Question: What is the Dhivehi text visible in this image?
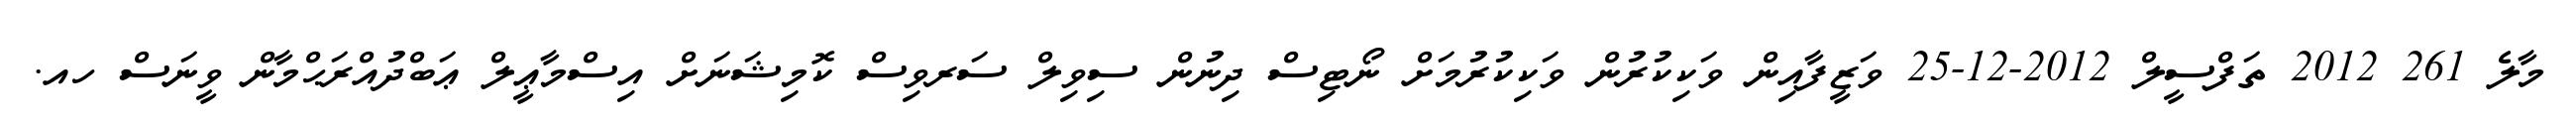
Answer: މާލެ 261 2012 ތަފްސީލް 2012-12-25 ވަޒީފާއިން ވަކިކުރުން ވަކިކުރުމަށް ނޯޓިސް ދިނުން ސިވިލް ސަރވިސް ކޮމިޝަނަށް އިސްމާޢީލް ޢަބްދުއްރަޙްމާން ވީނަސް ހއ.